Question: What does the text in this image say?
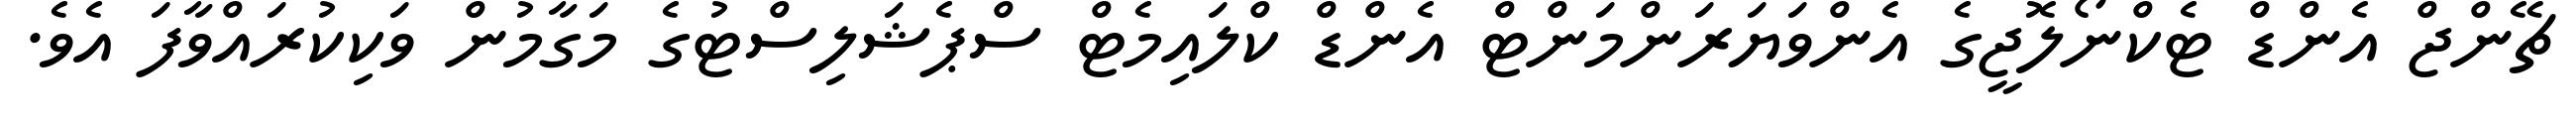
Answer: ޗޭންޖް އެންޑް ޓެކްނޯލޮޖީގެ އެންވަޔަރަންމަންޓް އެންޑް ކްލައިމެޓް ސްޕެޝަލިސްޓުގެ މަގާމުން ވަކިކުރައްވާފަ އެވެ.